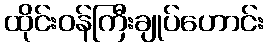
ထိုင်းဝန်ကြီးချုပ်ဟောင်း